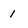
Character: 1